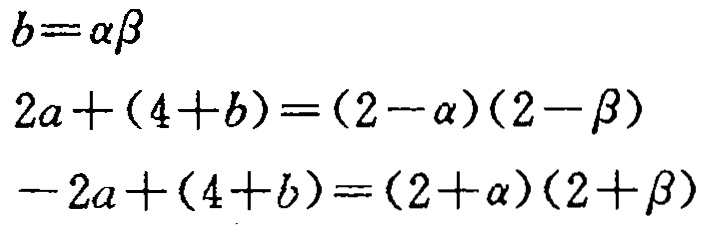
\[
\begin{align*}
b&=\alpha\beta\\
2a+(4 + b)&=(2 - \alpha)(2 - \beta)\\
-2a+(4 + b)&=(2 + \alpha)(2 + \beta)
\end{align*}
\]